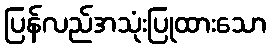
ပြန်လည်အသုံးပြုထားသော